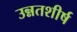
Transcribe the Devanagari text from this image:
उन्नतशीर्ष